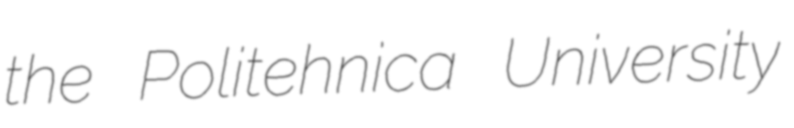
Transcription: the Politehnica University